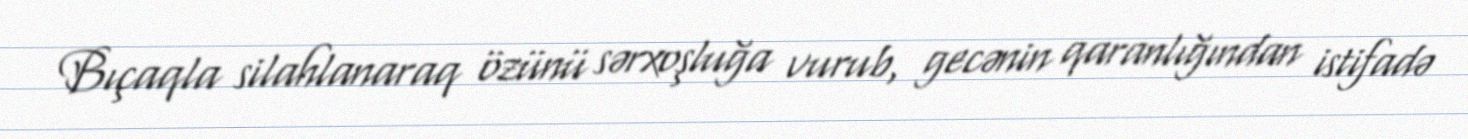
Bıçaqla silahlanaraq özünü sərxoşluğa vurub, gecənin qaranlığından istifadə